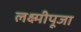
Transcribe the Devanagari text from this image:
लक्ष्मीपूजा